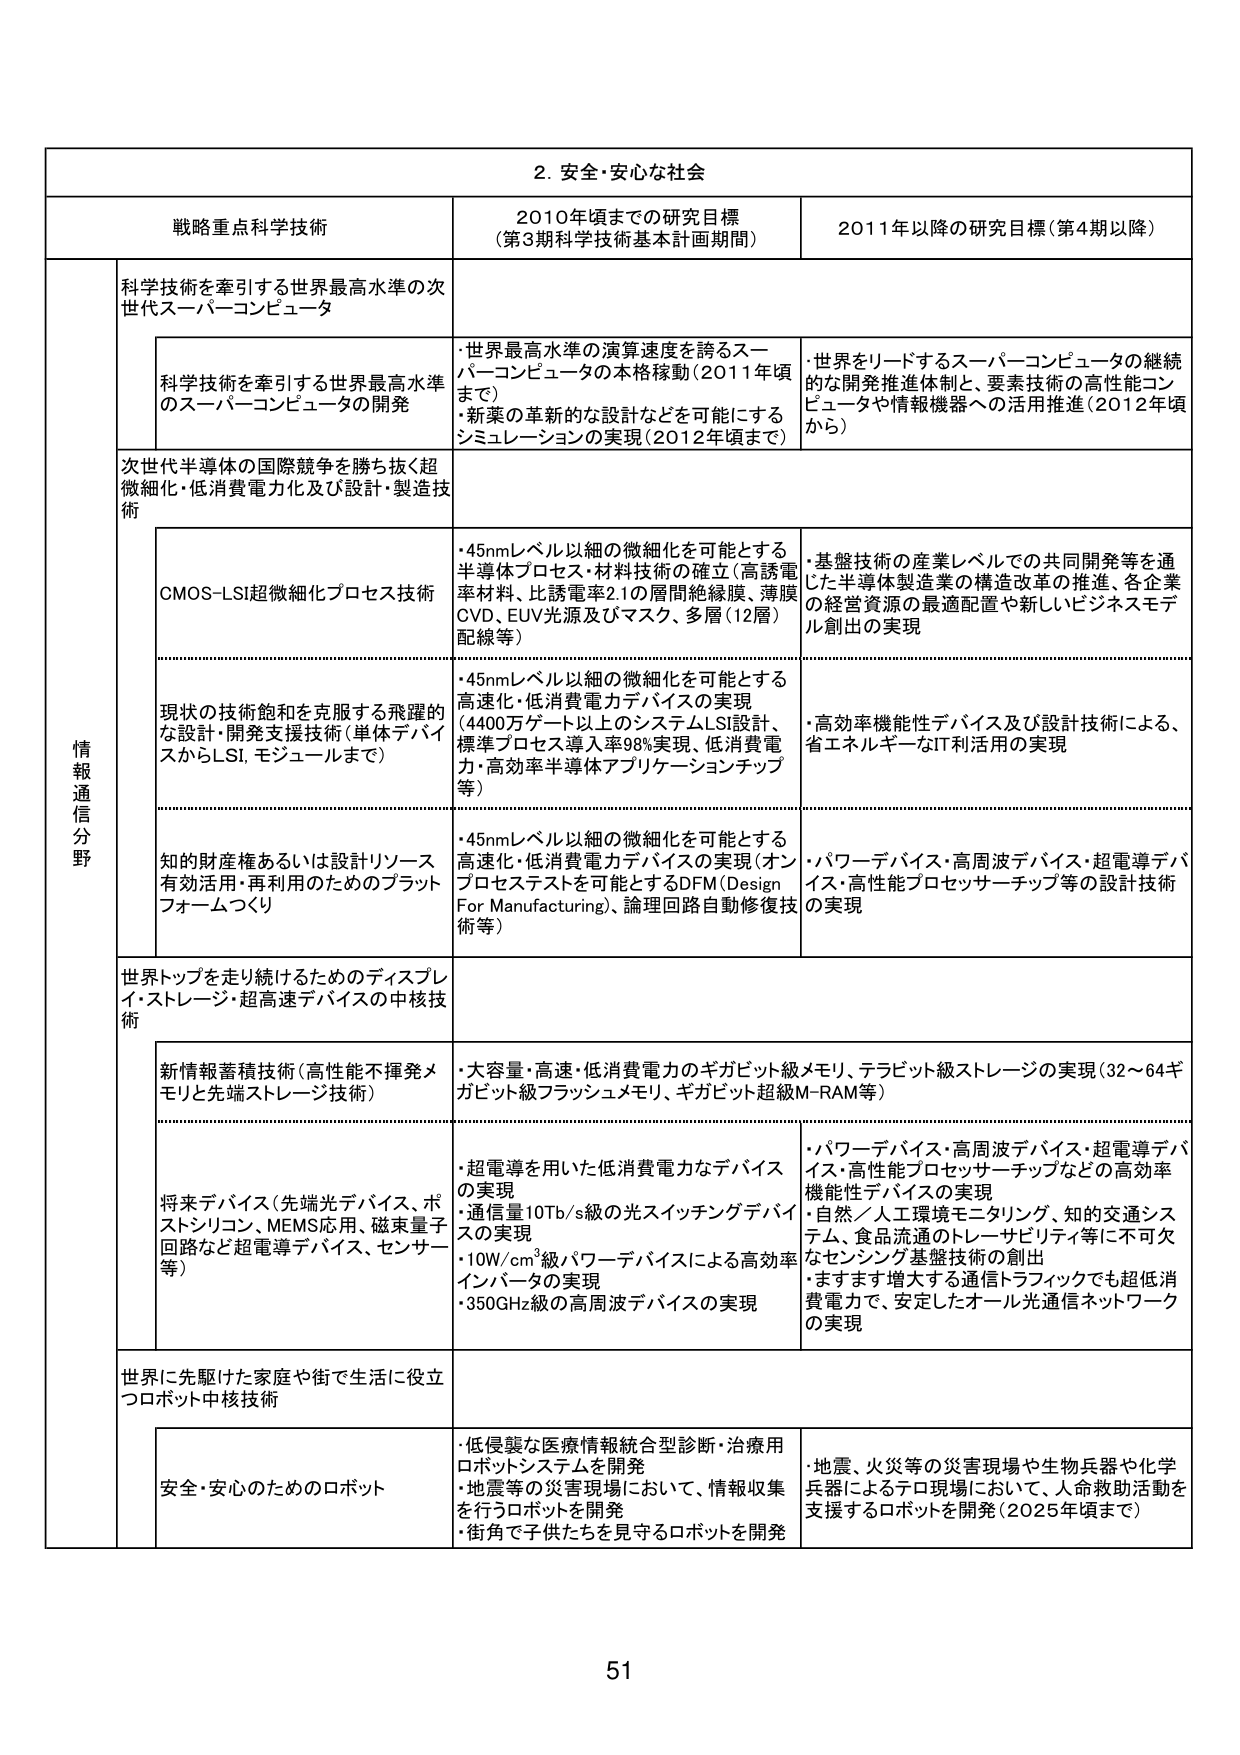
2. 安全・安心な社会

戦略重点科学技術 2010年頃までの研究目標 （第3期科学技術基本計画期間） 2011年以降の研究目標（第4期以降）

情報通信分野

科学技術を牽引する世界最高水準の次世代スーパーコンピュータ

科学技術を牽引する世界最高水準のスーパーコンピュータの開発
・世界最高水準の演算速度を誇るスーパーコンピュータの本格稼動（2011年頃まで）
・新業の革新的な設計などを可能にするシミュレーションの実現（2012年頃まで）

・世界をリードするスーパーコンピュータの継続的な開発推進体制と、要素技術の高性能コンピュータや情報機器への活用推進（2012年頃から）

次世代半導体の国際競争を勝ち抜く超微細化・低消費電力化及び設計・製造技術

CMOS-LSI超微細化プロセス技術
・45nmレベル以細の微細化を可能とする半導体プロセス・材料技術の確立（高誘電率材料、比誘電率2.1の層間絶縁膜、薄膜CVD、EUV光源及びマスク、多層（12層）配線等）

・基盤技術の産業レベルでの共同開発等を通じた半導体製造業の構造改革の推進、各企業の経営資源の最適配置や新しいビジネスモデル創出の実現

現状の技術飽和を克服する飛躍的な設計・開発支援技術（単体デバイスからLSI、モジュールまで）
・45nmレベル以細の微細化を可能とする高速化・低消費電力デバイスの実現（4400万ゲート以上のシステムLSI設計、標準プロセス導入率98%実現、低消費電力・高効率半導体アプリケーションチップ等）

・高効率機能性デバイス及び設計技術による、省エネルギーなIT利用の実現

知的財産権あるいは設計リソース有効活用・再利用のためのプラットフォームつくり
・45nmレベル以細の微細化を可能とする高速化・低消費電力デバイスの実現（オンプロセステストを可能とするDFM（Design For Manufacturing）、論理回路自動修復技術等）

・パワーデバイス・高周波デバイス・超電導デバイス・高性能プロセッサーチップ等の設計技術の実現

世界トップを走り続けるためのディスプレイ・ストレージ・超高速デバイスの中核技術

新情報蓄積技術（高性能不揮発メモリと先端ストレージ技術）
・大容量・高速・低消費電力のギガビット級メモリ、テラビット級ストレージの実現（32～64ギガビット級フラッシュメモリ、ギガビット超級M-RAM等）

将来デバイス（先端光デバイス、ポストシリコン、MEMS応用、磁束量子回路など超電導デバイス、センサー等）
・超電導を用いた低消費電力なデバイスの実現
・通信量10Tb/s級の光スイッチングデバイスの実現
・10W/cm³級パワーデバイスによる高効率インバータの実現
・350GHz級の高周波デバイスの実現

・パワーデバイス・高周波デバイス・超電導デバイス・高性能プロセッサーチップなどの高効率機能性デバイスの実現
・自然／人工環境モニタリング、知的交通システム、食品流通のトレーサビリティ等に不可欠なセンシング基盤技術の創出
・ますます増大する通信トラフィックでも超低消費電力で、安定したオール光通信ネットワークの実現

世界に先駆けた家庭や街で生活に役立つロボット中核技術

安全・安心のためのロボット
・低侵襲な医療情報統合型診断・治療用ロボットシステムを開発
・地震等の災害現場において、情報収集を行うロボットを開発
・街角で子供たちを見守るロボットを開発

・地震、火災等の災害現場や生物兵器や化学兵器によるテロ現場において、人命救助活動を支援するロボットを開発（2025年頃まで）

51